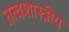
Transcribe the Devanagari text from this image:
तत्वशास्त्रीय